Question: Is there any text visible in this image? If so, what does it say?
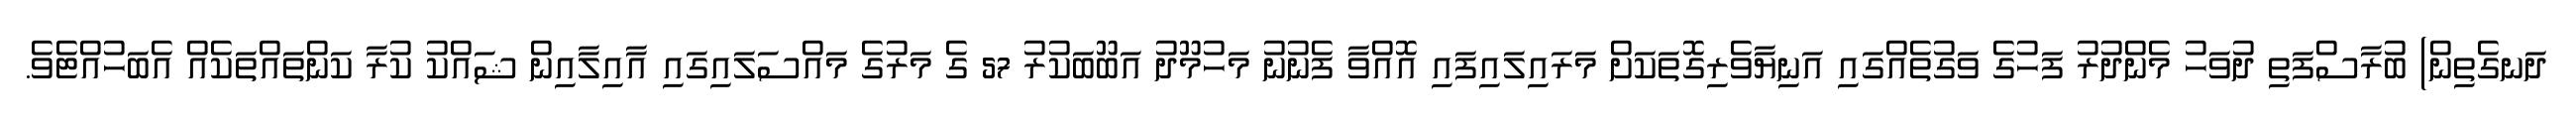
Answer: ދަނގެތިން) ބުރާސްފަތި ދުވަހު މެންދުރު ފަހުގެ ވަގުތެއްގައި އަނިޔާވެރިގޮތަކަށް މަރައިލައިފައި އޮއްވާ ފެނުނު މަހުމޫދު އަބޫބަކުރު 57 ގެ މަރުގެ މައްސަލައިގައި އާއިލާއިން ޝައްކު ކުރާ ކަންތައްތަކެއް އެބަހުއްޓެވެ.